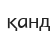
қанд